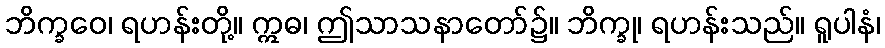
ဘိက္ခဝေ၊ ရဟန်းတို့။ ဣဓ၊ ဤသာသနာတော်၌။ ဘိက္ခု၊ ရဟန်းသည်။ ရူပါနံ၊